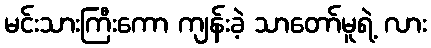
မင်းသားကြီးကော ကျန်းခဲ့ သာတော်မူရဲ့ လား